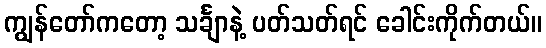
ကျွန်တော်ကတော့ သင်္ချာနဲ့ ပတ်သတ်ရင် ခေါင်းကိုက်တယ်။